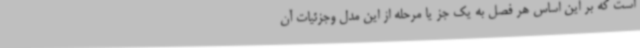
است که بر این اساس هر فصل به یک جز یا مرحله از این مدل وجزئیات آن